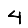
Digit: 4